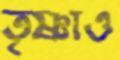
তৃষ্ণাও